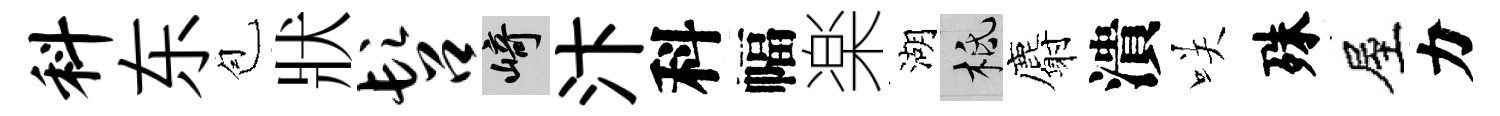
料东苞狀髫崎汴科幅楽湖柢麝潰咲殊屋力